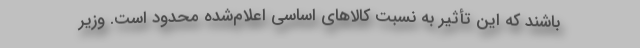
باشند که این تأثیر به نسبت کالاهای اساسی اعلام‌شده محدود است. وزیر